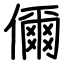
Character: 儞